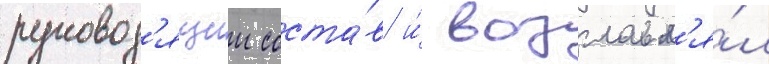
руковод'ящии соста́в и́ возглавл'я́л